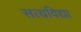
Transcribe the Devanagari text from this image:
सत्यविद्या